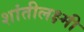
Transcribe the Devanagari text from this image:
शांतीलक्ष्मी